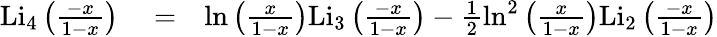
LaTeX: \begin{array}{rlr}{\mathrm{Li_{4}}\left(\frac{-x}{1-x}\right)}&{{}=}&{\ln\left(\frac{x}{1-x}\right)\mathrm{Li_{3}}\left(\frac{-x}{1-x}\right)-\frac{1}{2}\ln^{2}\left(\frac{x}{1-x}\right)\mathrm{Li_{2}}\left(\frac{-x}{1-x}\right)}\end{array}